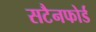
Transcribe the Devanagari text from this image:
सटैनफोर्ड